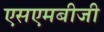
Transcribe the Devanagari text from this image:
एसएमबीजी